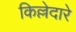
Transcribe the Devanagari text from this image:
किल्लेदारे